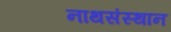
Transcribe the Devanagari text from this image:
नाथसंस्थान